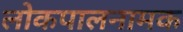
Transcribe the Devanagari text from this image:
लोकपालनामक